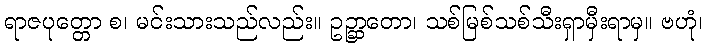
ရာဇပုတ္တော စ၊ မင်းသားသည်လည်း။ ဥဉ္ဆာတော၊ သစ်မြစ်သစ်သီးရှာမှီးရာမှ။ ဗဟုံ၊